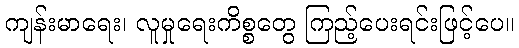
ကျန်းမာရေး၊ လူမှုရေးကိစ္စတွေ ကြည့်ပေးရင်းဖြင့်ပေ။